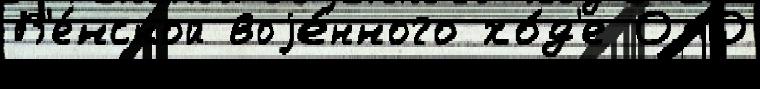
В'е́нской воjе́нного хо́д'е ОАО